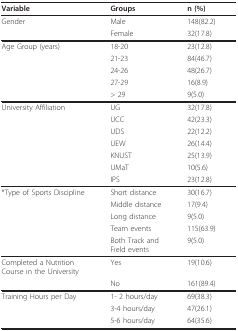
<table><thead><tr><td><b>Variable</b></td><td><b>Groups</b></td><td><b>n (%)</b></td></tr></thead><tbody><tr><td>Gender</td><td>Male</td><td>148(82.2)</td></tr><tr><td></td><td>Female</td><td>32(17.8)</td></tr><tr><td>Age Group (years)</td><td>18-20</td><td>23(12.8)</td></tr><tr><td></td><td>21-23</td><td>84(46.7)</td></tr><tr><td></td><td>24-26</td><td>48(26.7)</td></tr><tr><td></td><td>27-29</td><td>16(8.9)</td></tr><tr><td></td><td>&gt; 29</td><td>9(5.0)</td></tr><tr><td>University Affiliation</td><td>UG</td><td>32(17.8)</td></tr><tr><td></td><td>UCC</td><td>42(23.3)</td></tr><tr><td></td><td>UDS</td><td>22(12.2)</td></tr><tr><td></td><td>UEW</td><td>26(14.4)</td></tr><tr><td></td><td>KNUST</td><td>25(13.9)</td></tr><tr><td></td><td>UMaT</td><td>10(5.6)</td></tr><tr><td></td><td>IPS</td><td>23(12.8)</td></tr><tr><td>*Type of Sports Discipline</td><td>Short distance</td><td>30(16.7)</td></tr><tr><td></td><td>Middle distance</td><td>17(9.4)</td></tr><tr><td></td><td>Long distance</td><td>9(5.0)</td></tr><tr><td></td><td>Team events</td><td>115(63.9)</td></tr><tr><td></td><td>Both Track and Field events</td><td>9(5.0)</td></tr><tr><td>Completed a Nutrition Course in the University</td><td>Yes</td><td>19(10.6)</td></tr><tr><td></td><td>No</td><td>161(89.4)</td></tr><tr><td>Training Hours per Day</td><td>1- 2 hours/day</td><td>69(38.3)</td></tr><tr><td></td><td>3-4 hours/day</td><td>47(26.1)</td></tr><tr><td></td><td>5-6 hours/day</td><td>64(35.6)</td></tr></tbody></table>